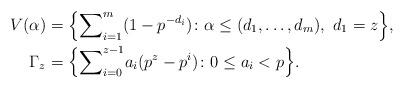
LaTeX: \begin{align*}V(\alpha)&=\Big\{{\sum}_{i=1}^m(1-p^{-d_i})\colon \alpha\le (d_1,\ldots,d_m), \ d_1=z\Big\}, \\\Gamma_z&=\Big\{{\sum}_{i=0}^{z-1}a_i(p^z-p^i)\colon 0\le a_i<p\Big\}. \end{align*}